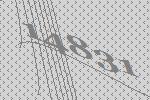
14831